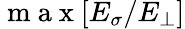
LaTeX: \mathrm{~m~a~x~}[E_{\sigma}/E_{\perp}]